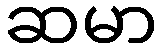
ဆမာ